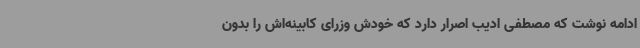
ادامه نوشت که مصطفی ادیب اصرار دارد که خودش وزرای کابینه‌اش را بدون